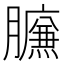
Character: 𰯧